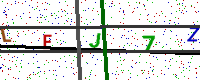
Text: LEJ7Z